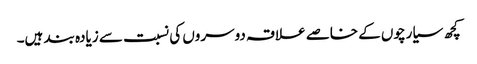
کچھ سیارچوں کے خاصے علاقہ دوسروں کی نسبت سے زیادہ بند ہیں۔